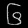
Digit: ၆